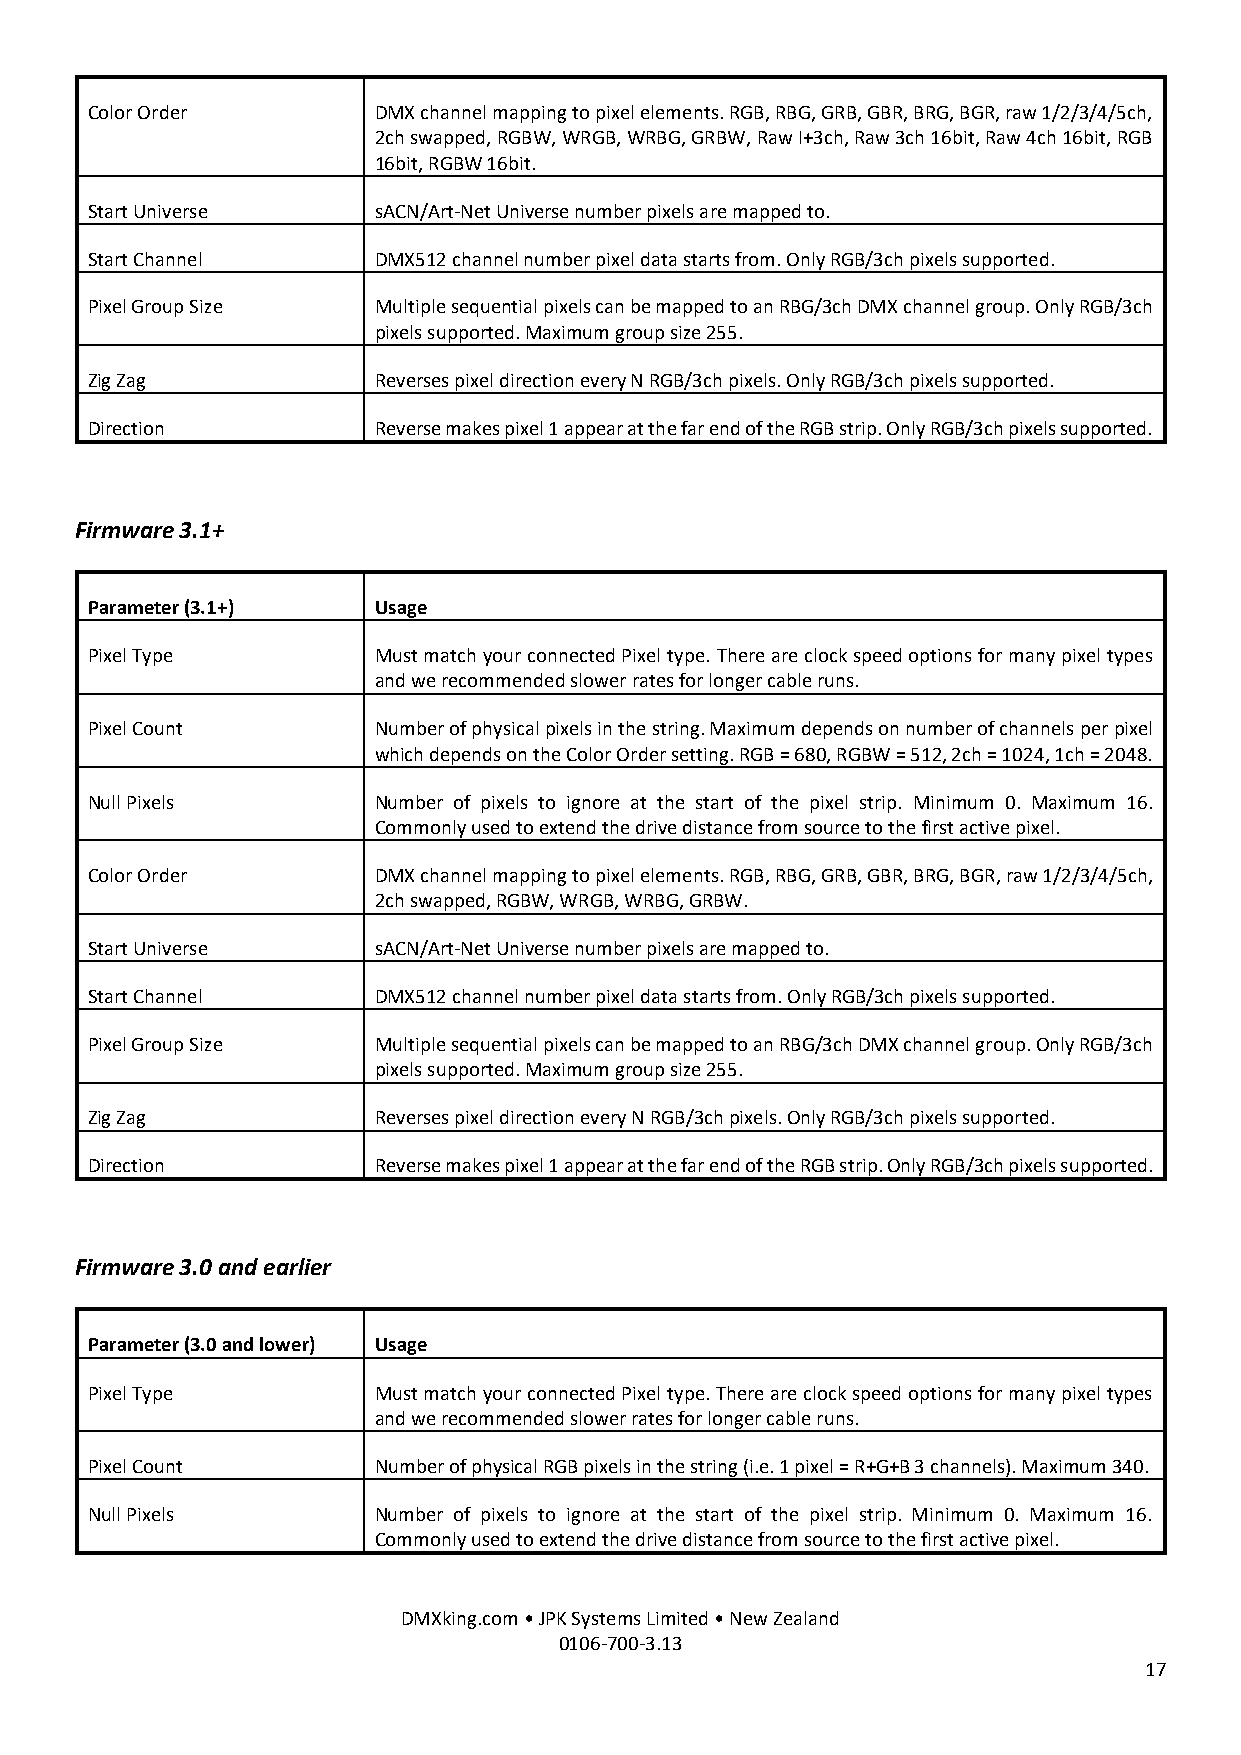
Color Order        DMX channel mapping to pixel elements. RGB, RBG, GRB, GBR, BRG, BGR, raw 1/2/3/4/5ch,
 2ch swapped, RGBW, WRGB, WRBG, GRBW, Raw I+3ch, Raw 3ch 16bit, Raw 4ch 16bit, RGB
 16bit, RGBW 16bit.
 Start Universe     sACN/Art-Net Universe number pixels are mapped to.
 Start Channel      DMX512 channel number pixel data starts from. Only RGB/3ch pixels supported.
 Pixel Group Size   Multiple sequential pixels can be mapped to an RBG/3ch DMX channel group. Only RGB/3ch
 pixels supported. Maximum group size 255.
 Zig Zag            Reverses pixel direction every N RGB/3ch pixels. Only RGB/3ch pixels supported.
 Direction          Reverse makes pixel 1 appear at the far end of the RGB strip. Only RGB/3ch pixels supported.
 Firmware 3.1+
 Parameter (3.1+)   Usage
 Pixel Type         Must match your connected Pixel type. There are clock speed options for many pixel types
 and we recommended slower rates for longer cable runs.
 Pixel Count        Number of physical pixels in the string. Maximum depends on number of channels per pixel
 which depends on the Color Order setting. RGB = 680, RGBW = 512, 2ch = 1024, 1ch = 2048.
 Null Pixels        Number of pixels to ignore at the start of the pixel strip. Minimum 0. Maximum 16.
 Commonly used to extend the drive distance from source to the first active pixel.
 Color Order        DMX channel mapping to pixel elements. RGB, RBG, GRB, GBR, BRG, BGR, raw 1/2/3/4/5ch,
 2ch swapped, RGBW, WRGB, WRBG, GRBW.
 Start Universe     sACN/Art-Net Universe number pixels are mapped to.
 Start Channel      DMX512 channel number pixel data starts from. Only RGB/3ch pixels supported.
 Pixel Group Size   Multiple sequential pixels can be mapped to an RBG/3ch DMX channel group. Only RGB/3ch
 pixels supported. Maximum group size 255.
 Zig Zag            Reverses pixel direction every N RGB/3ch pixels. Only RGB/3ch pixels supported.
 Direction          Reverse makes pixel 1 appear at the far end of the RGB strip. Only RGB/3ch pixels supported.
 Firmware 3.0 and earlier
 Parameter (3.0 and lower) Usage
 Pixel Type         Must match your connected Pixel type. There are clock speed options for many pixel types
 and we recommended slower rates for longer cable runs.
 Pixel Count        Number of physical RGB pixels in the string (i.e. 1 pixel = R+G+B 3 channels). Maximum 340.
 Null Pixels        Number of pixels to ignore at the start of the pixel strip. Minimum 0. Maximum 16.
 Commonly used to extend the drive distance from source to the first active pixel.
 DMXking.com • JPK Systems Limited • New Zealand
 0106-700-3.13
 17